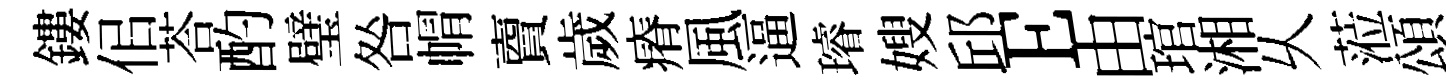
鏤佀荅酌璧咎㡌𧶠歲瘠風逼璿嫂邱E由琯湘乆蒞頌